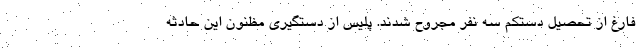
فارغ از تحصیل دستکم سه نفر مجروح شدند. پلیس از دستگیری مظنون این حادثه